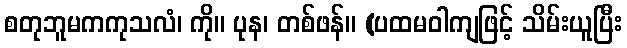
စတုဘူမကကုသလံ၊ ကို။ ပုန၊ တစ်ဖန်။ (ပထမဝါကျဖြင့် သိမ်းယူပြီး